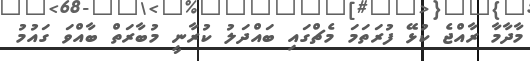
މާދާމާ ރާއްޖެ ކުޅޭ ފުރަތަމަ މެޗްގައި ބައްދަލު ކުރާނީ މުބާރަތް ބާއްވަ ގައުމު